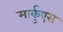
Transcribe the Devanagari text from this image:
मार्कुएस